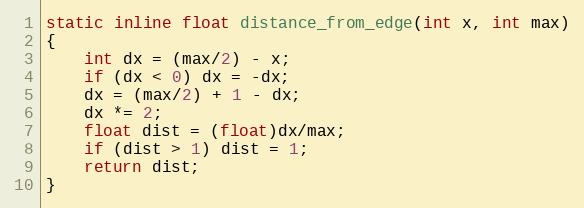
Language: C
static inline float distance_from_edge(int x, int max)
{
    int dx = (max/2) - x;
    if (dx < 0) dx = -dx;
    dx = (max/2) + 1 - dx;
    dx *= 2;
    float dist = (float)dx/max;
    if (dist > 1) dist = 1;
    return dist;
}